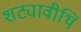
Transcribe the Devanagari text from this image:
शट्यावीथि